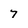
Character: 7